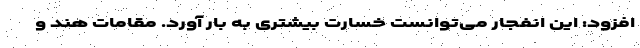
افزود: این انفجار می‌توانست خسارت بیشتری به بار آورد. مقامات هند و